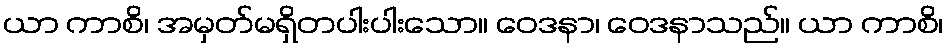
ယာ ကာစိ၊ အမှတ်မရှိတပါးပါးသော။ ဝေဒနာ၊ ဝေဒနာသည်။ ယာ ကာစိ၊